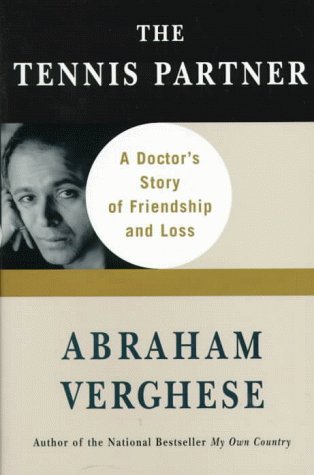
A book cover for The Tennis Partner; Abraham Verghese; Sports & Outdoors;